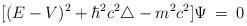
LaTeX: \begin{align*}[(E - V)^2 + \hbar^2 c^2 \triangle - m^2 c^2] \Psi\: =\: 0\end{align*}